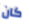
كان